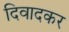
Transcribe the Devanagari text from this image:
दिवादकर